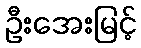
ဦးအေးမြင့်